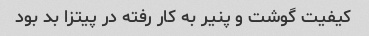
کیفیت گوشت و پنیر به کار رفته در پیتزا بد بود